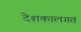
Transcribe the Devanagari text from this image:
देशकालगत